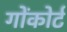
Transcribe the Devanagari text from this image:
गोंकोर्ट